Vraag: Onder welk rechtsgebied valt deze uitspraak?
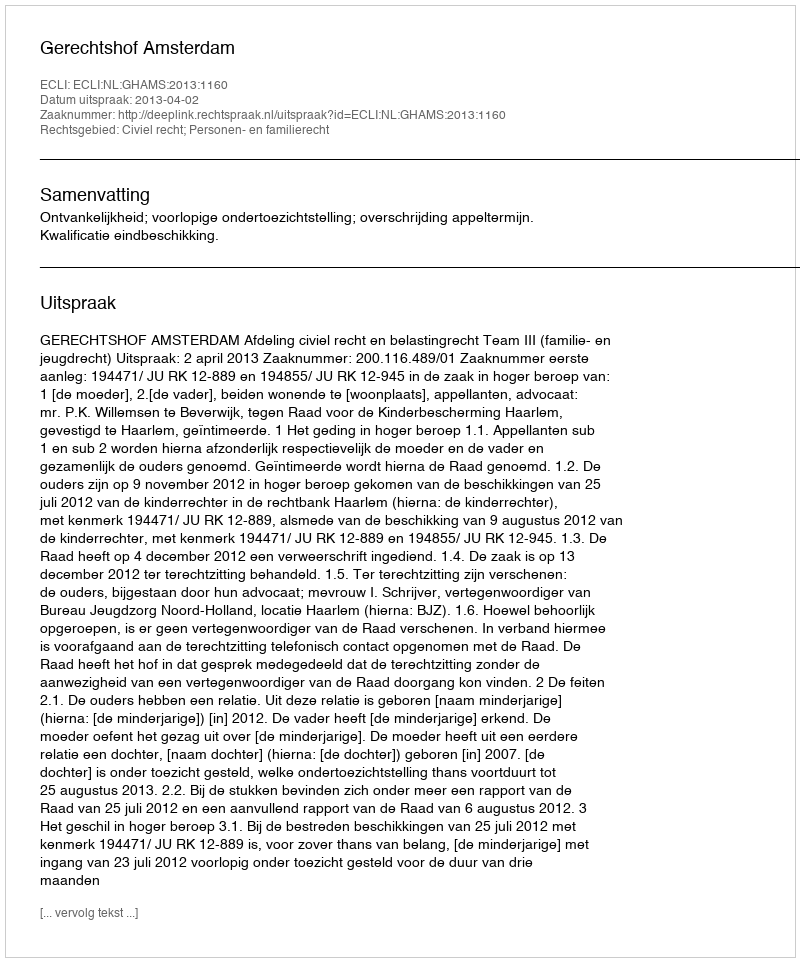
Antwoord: Civiel recht; Personen- en familierecht